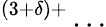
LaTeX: ^{(3+\delta)+}\ldots